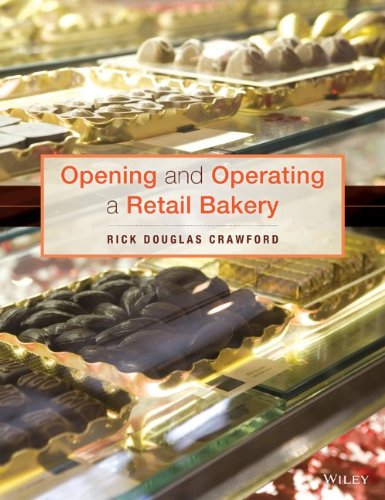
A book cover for Opening and Operating a Retail Bakery; Rick Douglas Crawford CMB; Science & Math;